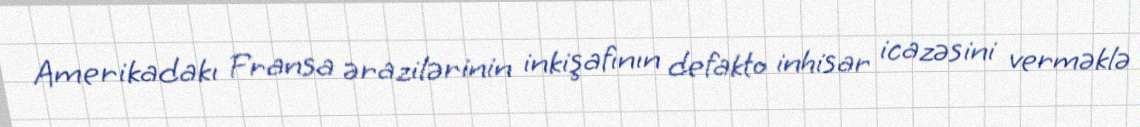
Amerikadakı Fransa ərazilərinin inkişafının defakto inhisar icazəsini verməklə